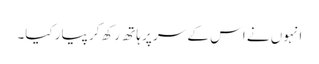
انہوں نے اس کے سر پر ہاتھ رکھ کر پیار کیا۔